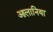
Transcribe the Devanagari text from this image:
आलानिया